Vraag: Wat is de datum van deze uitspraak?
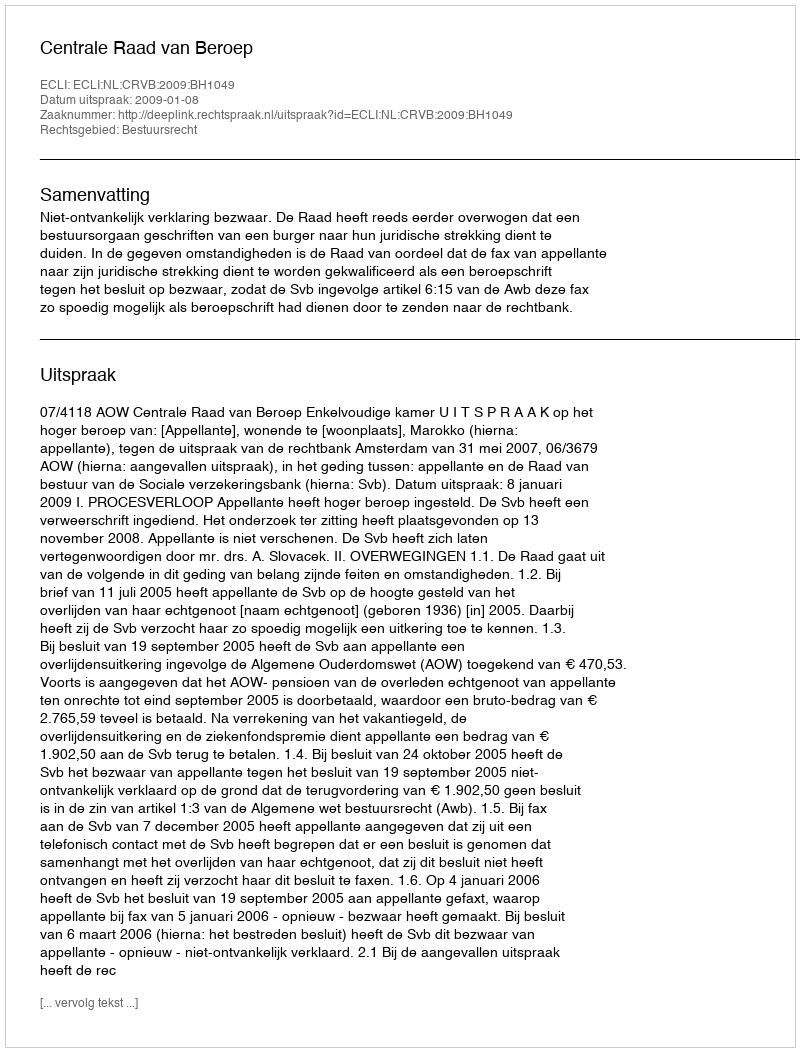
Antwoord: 2009-01-08